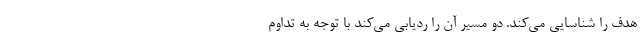
هدف را شناسایی می‌کند. دو مسیر آن را ردیابی می‌کند با توجه به تداوم